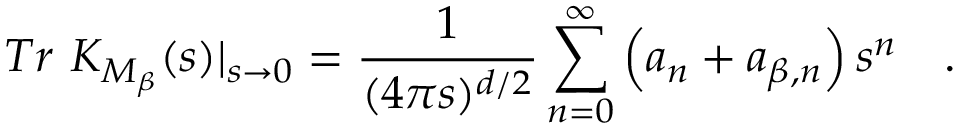
T r ~ K _ { M _ { \beta } } ( s ) | _ { s \rightarrow 0 } = { \frac { 1 } { ( 4 \pi s ) ^ { d / 2 } } } \sum _ { n = 0 } ^ { \infty } \left( a _ { n } + a _ { \beta , n } \right) s ^ { n } ~ ~ ~ .